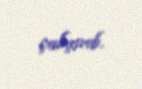
çalışırdı.